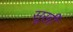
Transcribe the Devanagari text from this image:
सूर्खी